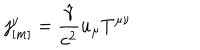
j _ { [ m ] } ^ { \nu } = \frac { \hat { \gamma } } { c ^ { 2 } } u _ { \mu } T ^ { \mu \nu }